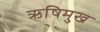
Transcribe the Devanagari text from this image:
ऋषिमुख